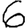
Digit: 6